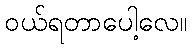
ဝယ်ရတာပေါ့လေ။